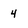
Character: 4